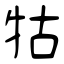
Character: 牯